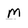
Character: m